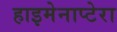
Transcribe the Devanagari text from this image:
हाइमेनाप्टेरा